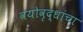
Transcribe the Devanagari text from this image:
वयोवृद्धांचा